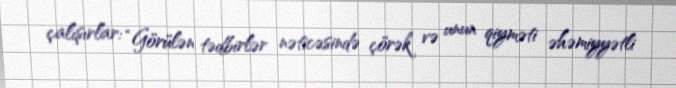
çalışırlar: “Görülən tədbirlər nəticəsində çörək və unun qiyməti əhəmiyyətli